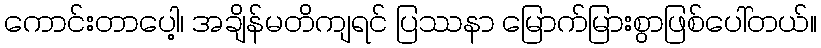
ကောင်းတာပေါ့၊ အချိန်မတိကျရင် ပြဿနာ မြောက်မြားစွာဖြစ်ပေါ်တယ်။